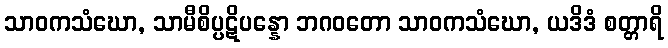
သာဝကသံဃော, သာမီစိပ္ပဋိပန္နော ဘဂဝတော သာဝကသံဃော, ယဒိဒံ စတ္တာရိ